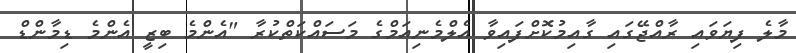
މާލެ ފިޔަވައި ރާއްޖޭގައި ގާއިމުކޮށްފައިވާ އެލްމެނިއަމްގެ މަސައްކަތްކުރާ "އެންމެ ބިޒީ އެންމެ ޑިމާންޑް